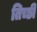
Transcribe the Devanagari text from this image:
तिच्छी